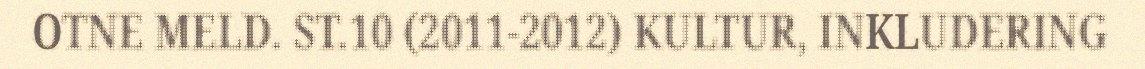
OTNE MELD. ST.10 (2011-2012) KULTUR, INKLUDERING